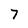
Character: 7